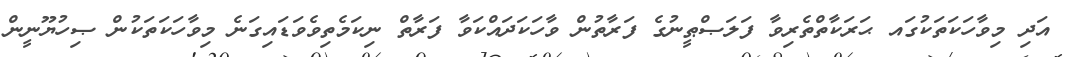
އަދި މިވާހަކަތަކުގައ ޙަރަކާތްތެރިވާ ފަލަޞްޠީނުގެ ފަރާތުން ވާހަކަދައްކަވާ ފަރާތް ނިކަމެތިވެވަޑައިގަނެ މިވާހަކަތަކުން ޞިހުޔޫނީން